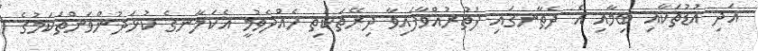
އަދި އުޑުތަކާއި ބިމާއި އެ ދެތާނގައި ފަތުރުއްވާފައިވާ ދިރޭތަކެތި ހެއްދެވުމީ އެކަލާނގެ ކުޅަދުންވަންތަކަމުގެ